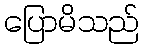
ပြောမိသည်